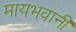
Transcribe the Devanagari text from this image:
मायभवानी